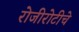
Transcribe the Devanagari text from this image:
रोजीरोटीचे